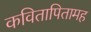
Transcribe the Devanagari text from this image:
कवितापितामह